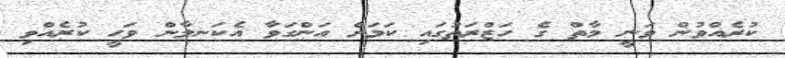
ކުރެއްވުން ވަނީ މާތް ގެ ހަޒްރަތުގައި ކަމަށް އަންގަވާ އެކަނލާން ވަހީ ކުރެއްވި